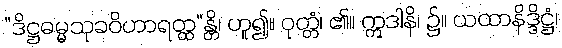
“ဒိဋ္ဌဓမ္မသုခဝိဟာရတ္ထ”န္တိ၊ ဟူ၍။ ဝုတ္တံ၊ ၏။ ဣဒါနိ၊ ၌။ ယထာနိဒ္ဒိဋ္ဌံ၊